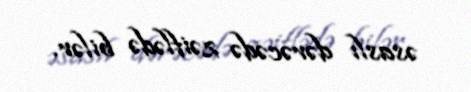
əsaslı dərəcədə zəiflədə bilər.